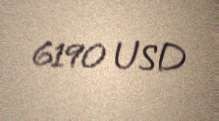
6190 USD